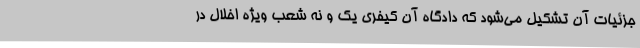
جزئیات آن تشکیل می‌شود که دادگاه آن کیفری یک و نه شعب ویژه اخلال در